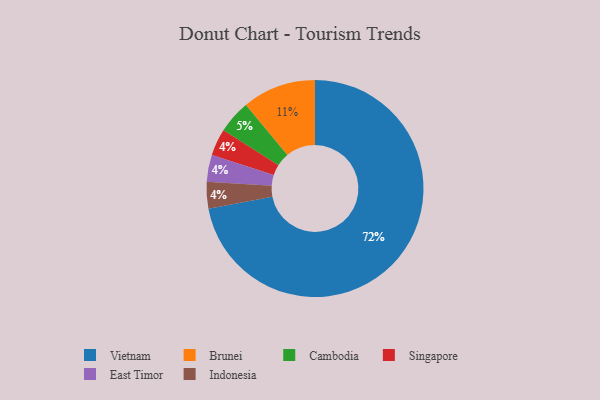
{"axis": {"x": "Category", "y": "Percentage"}, "legend": ["Brunei", "Cambodia", "East Timor", "Indonesia", "Singapore", "Vietnam"], "data": [{"x": "Vietnam", "y": 72, "type": "Vietnam"}, {"x": "Singapore", "y": 4, "type": "Singapore"}, {"x": "East Timor", "y": 4, "type": "East Timor"}, {"x": "Indonesia", "y": 4, "type": "Indonesia"}, {"x": "Brunei", "y": 11, "type": "Brunei"}, {"x": "Cambodia", "y": 5, "type": "Cambodia"}]}